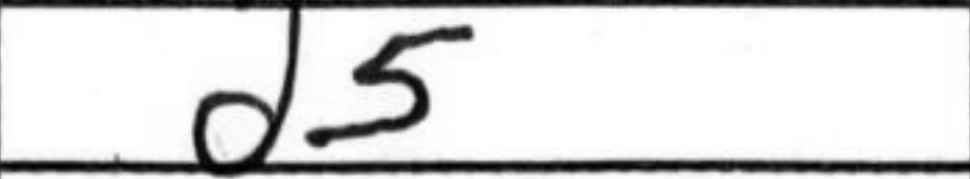
Transcription: d5